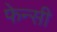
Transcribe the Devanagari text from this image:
फेन्सी